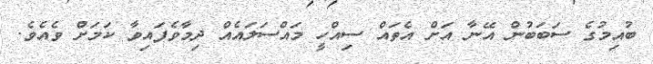
ބުއިމުގެ ސަބަބުން އޭނާ އަށް އެތައް ސިއްހީ މައްސަލައެއް ދިމާވެފައިވާ ކަމަށް ވެއެވެ.